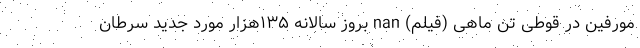
مورفین در قوطی تن ماهی (فیلم) nan بروز سالانه ۱۳۵هزار مورد جدید سرطان